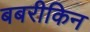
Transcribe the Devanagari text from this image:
बबरीकिन